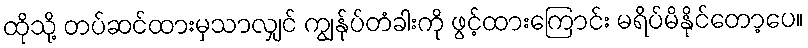
ထိုသို့ တပ်ဆင်ထားမှသာလျှင် ကျွန်ုပ်တံခါးကို ဖွင့်ထားကြောင်း မရိပ်မိနိုင်တော့ပေ။